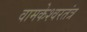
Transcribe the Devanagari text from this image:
वामकेश्वरतंत्र